Laimjala_vallavalitsus, lk 19
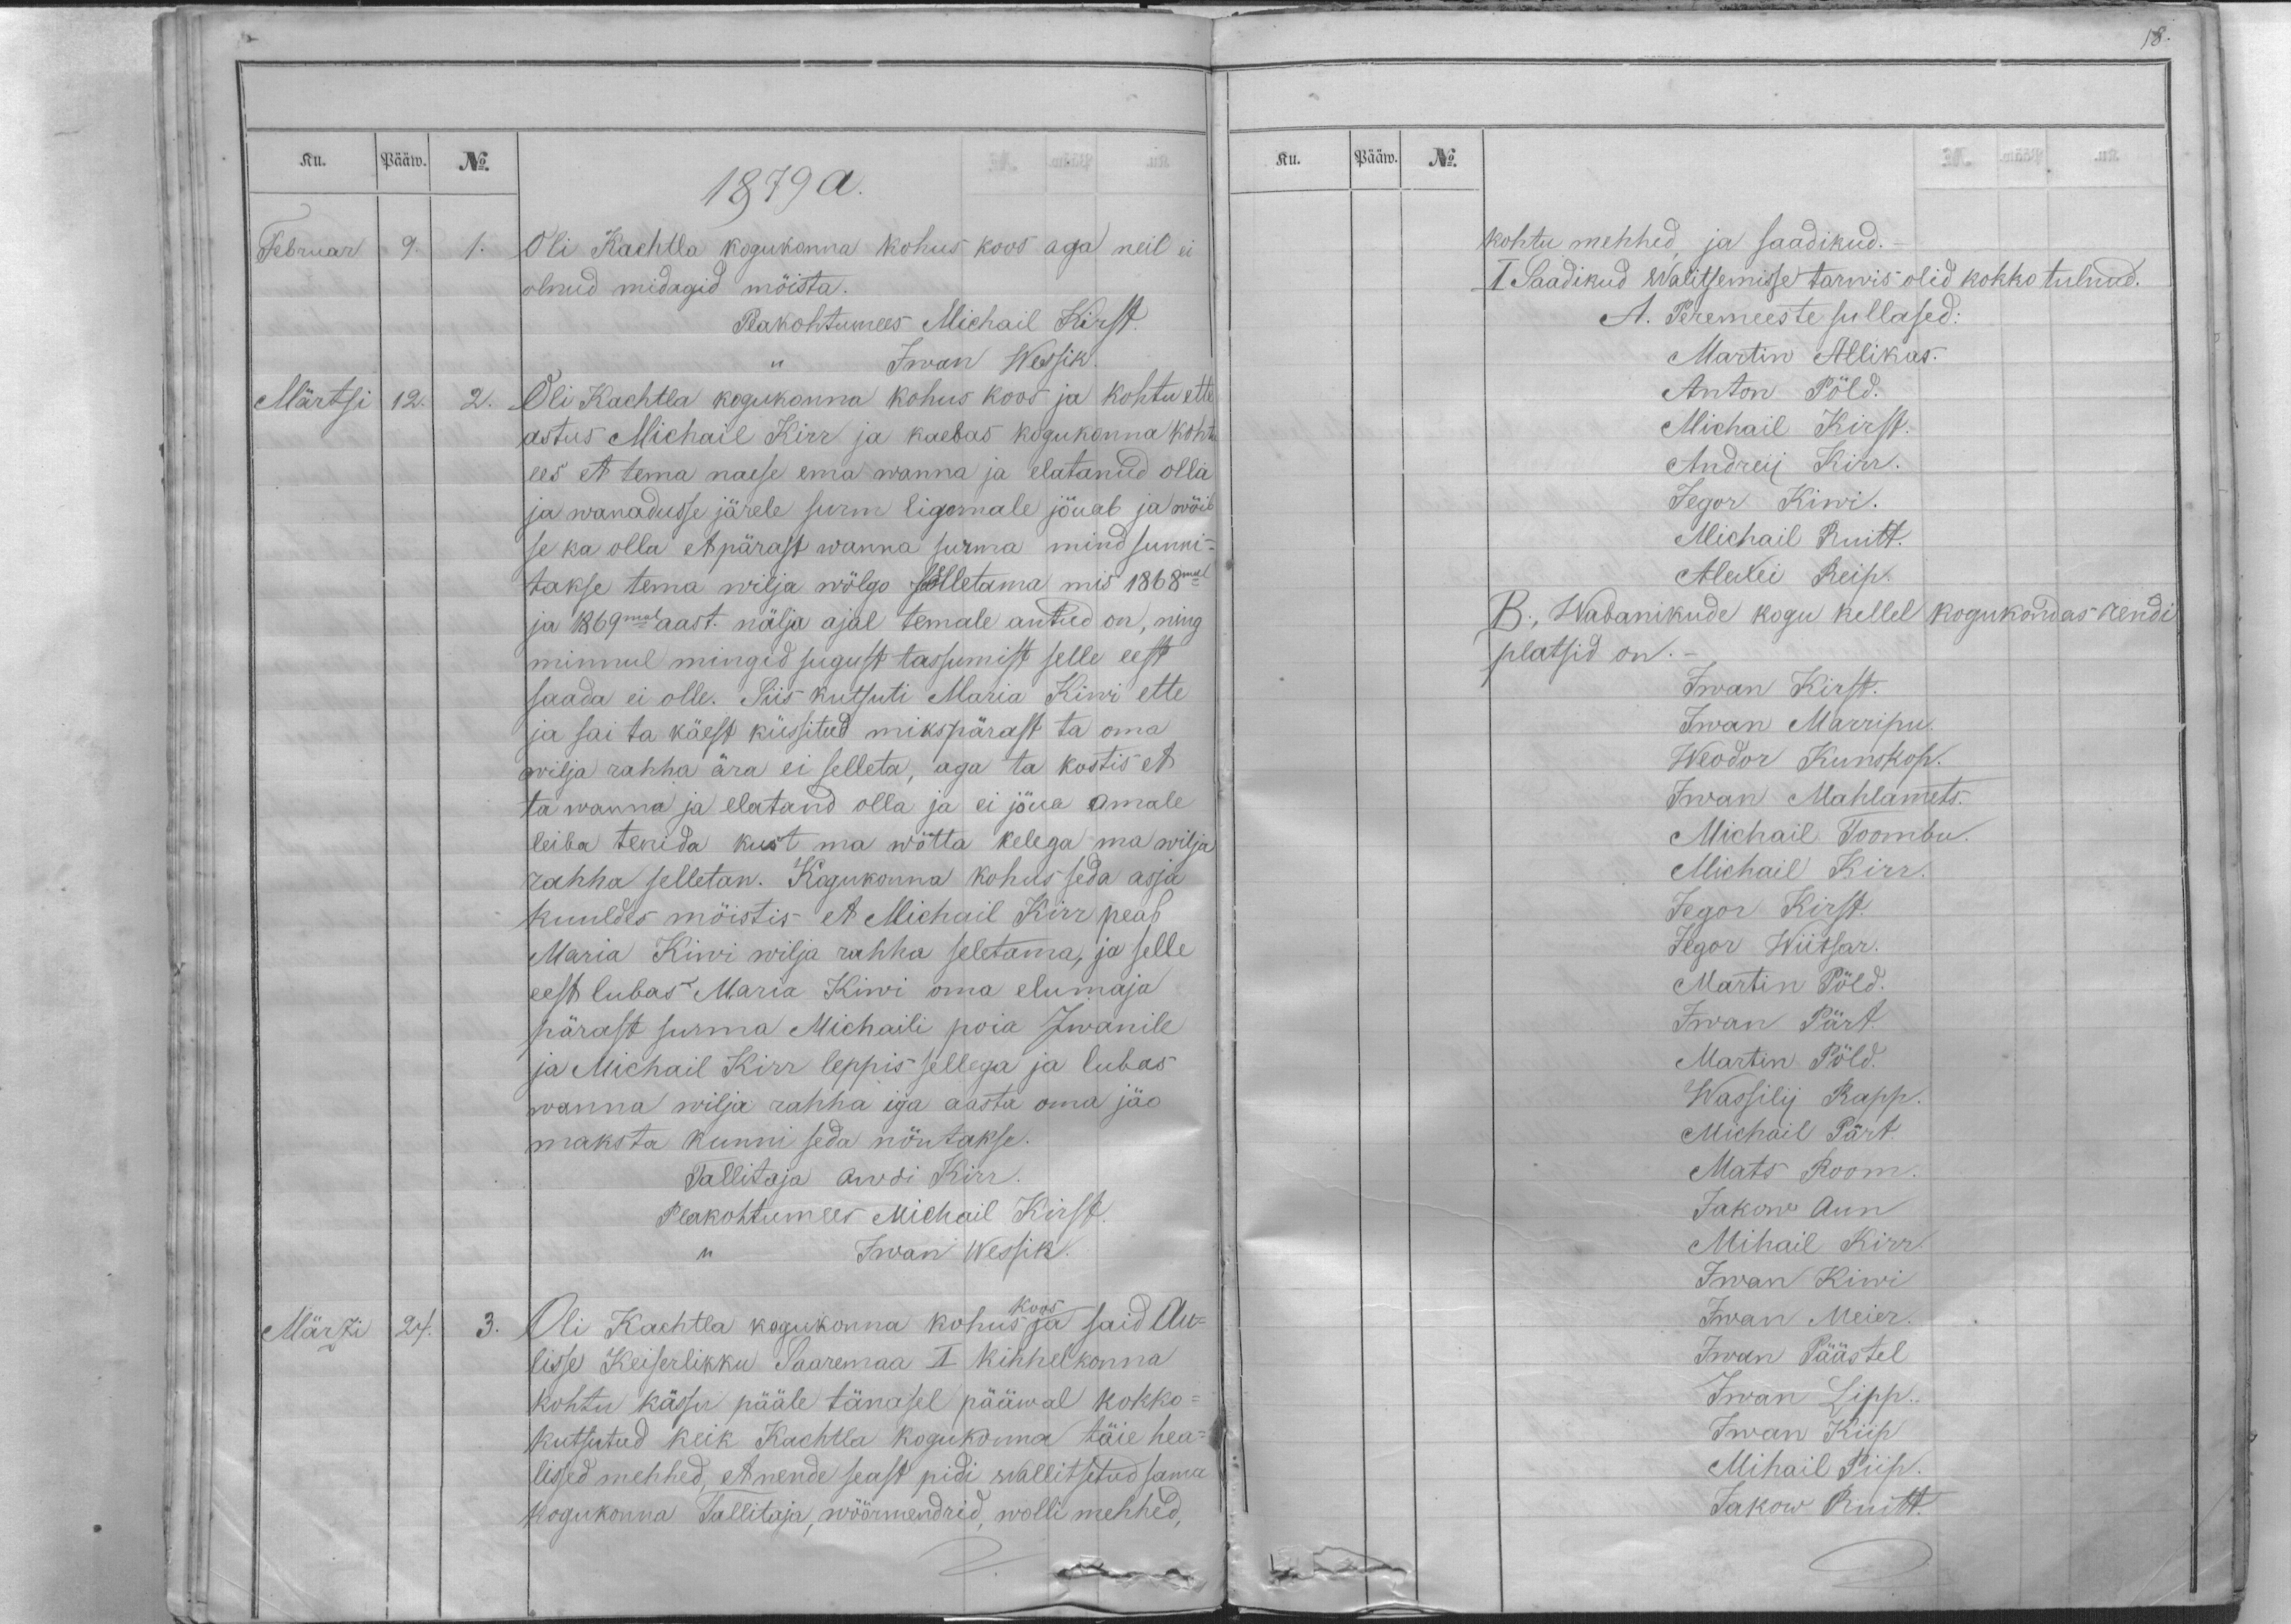
Ku.
Pääw.
No.
1879 a.
Februar
9.
1.
Oli Kachtla kogukonna kohus koos aga neil ei
olnud midagid mõista.
Peakohtumees Michail Kirst.
,, Iwan Wessik.
Märtsi
12.
2.
Oli Kachtla kogukonna kohus koos ja kohtu ette
astus Michail Kirr ja kaebas kogukonna kohtu
ees et tema naese ema wanna ja elatanud olla
ja wanadusse järele surm ligemale jõuab ja wõib
se ka olla et pärast wanna surma mind sunni-
takse tema wilja wõlgo selletama mis 1868mal
ja 1869mal aast. nälja ajal temale antud on, ning
minnul mingid sugust tassumist selle eest
saada ei olle. Siis kutsuti Maria Kiwi ette
ja sai ta käest küssitud mikspärast ta oma
wilja rahha ära ei selleta, aga ta kostis et
ta wanna ja elatand olla ja ei jõua omale
leiba tenida kust ma wõtta kelega ma wilja
rahha selletan. Kogukonna kohus seda asja
kuuldes mõistis et Michail Kirr peab
Maria Kiwi wilja rahha seletama, ja selle
eest lubas Maria Kiwi oma elumaja
pärast surma Michaili poia Iwanile
ja Michail Kirr leppis sellega ja lubas
wanna wilja rahha iga aasta oma jäo
maksta kunni seda nõutakse.
Tallitaja Awdi Kirr
Peakohtumees Michail Kirst.
,, Iwan Wessik.
Märzi
24.
3.
koos
Oli Kachtla kogukonna kohus ja said Au-
lisse Keiserlikku Saaremaa I kihhelkonna
kohtu kässu pääle tänasel pääwal kokko-
kutsutud keik Kachtla kogukonna täie hea-
lissed mehhed, et nende seast pidi wallitsetud sama
kogukonna Tallitaja, wöörmendrid, wolli mehhed,

Ku.
Pääw.
No.
kohtu mehhed, ja saadikud.
I Saadikud Walitsemisse tarwis olid kokko tulnud.
A. Peremeeste sullased:
Martin Allikas.
Anton Põld.
Michail Kirst.
Andreij Kirr.
Jegor Kiwi.
Michail Ruitt.
Alexei Reip.
B., Wabanikude kogu kellel kogukondas rendi
platsid on.
Iwan Kirst.
Iwan Marripu.
Weodor Kunskop.
Iwan Mahlamets.
Michail Toombu
Michail Kirr.
Jegor Kirst.
Jegor Wiitsar.
Martin Põld.
Iwan Pärt.
Martin Põld.
Wassilij Rapp.
Michail Pärt.
Mats Room.
Jakow Aun
Mihail Kirr
Iwan Kiwi
Iwan Meier.
Iwan Päästel
Iwan Lipp.
Iwan Kiip
Mihail Piip.
Jakow Ruitt.